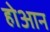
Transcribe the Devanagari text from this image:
होआन